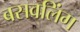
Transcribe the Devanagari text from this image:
बसवलिंग